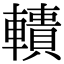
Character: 𨎾